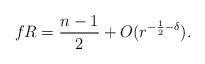
LaTeX: \begin{align*} fR=\frac{n-1}{2}+O(r^{-\frac{1}{2}-\delta}). \end{align*}